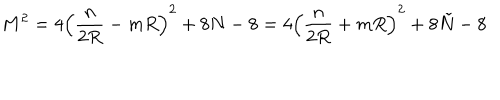
LaTeX: M ^ { 2 } = 4 \left( \frac { n } { 2 R } - m R \right) ^ { 2 } + 8 N - 8 = 4 \left( \frac { n } { 2 R } + m R \right) ^ { 2 } + 8 \tilde { N } - 8